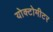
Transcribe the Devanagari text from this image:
योक्टोमीटर